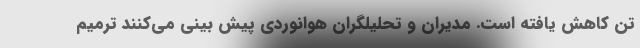
تن کاهش یافته است. مدیران و تحلیلگران هوانوردی پیش بینی می‌کنند ترمیم